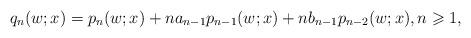
LaTeX: \begin{align*} q_{n} (w;x) = p_{n}(w;x) + n a_{n-1} p_{n-1}(w;x) + n b_{n-1} p_{n-2}(w;x), n \geqslant 1,\end{align*}